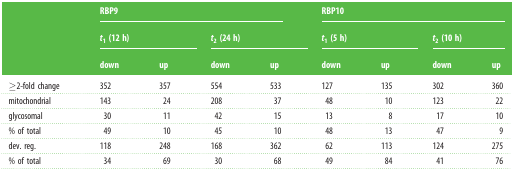
|  | <COLSPAN=4> RBP9 | <COLSPAN=4> RBP10 |
 |  | <COLSPAN=2> t1 (12 h) | <COLSPAN=2> t2 (24 h) | <COLSPAN=2> t1 (5 h) | <COLSPAN=2> t2 (10 h) |
 |  | down | up | down | up | down | up | down | up |
 | --- | --- | --- | --- | --- | --- | --- | --- | --- |
 | ≥2-fold change | 352 | 357 | 554 | 533 | 127 | 135 | 302 | 360 |
 | mitochondrial | 143 | 24 | 208 | 37 | 48 | 10 | 123 | 22 |
 | glycosomal | 30 | 11 | 42 | 15 | 13 | 8 | 17 | 10 |
 | % of total | 49 | 10 | 45 | 10 | 48 | 13 | 47 | 9 |
 | dev. reg. | 118 | 248 | 168 | 362 | 62 | 113 | 124 | 275 |
 | % of total | 34 | 69 | 30 | 68 | 49 | 84 | 41 | 76 |